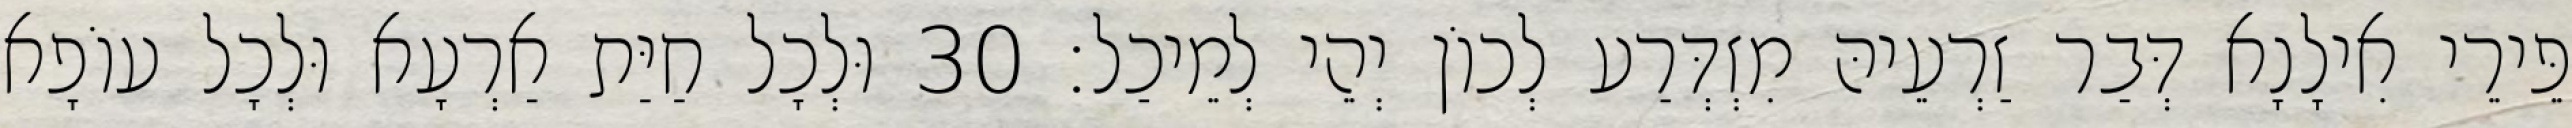
פֵּירֵי אִילָנָא דְּבַר זַרְעֵיהּ מִזְדְּרַע לְכוֹן יְהֵי לְמֵיכַל׃ 30 וּלְכָל חַיַּת אַרְעָא וּלְכָל עוֹפָא